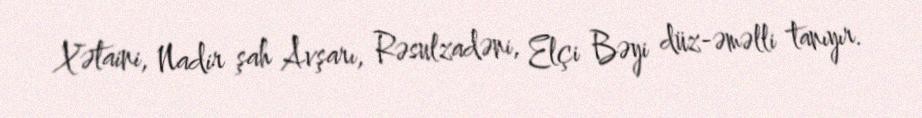
Xətaini, Nadir şah Avşarı, Rəsulzadəni, Elçi Bəyi düz-əməlli tanıyır.